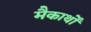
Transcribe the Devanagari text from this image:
मैकार्थों